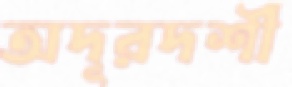
অদূরদর্শী